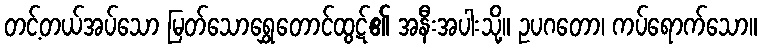
တင့်တယ်အပ်သော မြတ်သောရွှေတောင်ထွဋ်၏ အနီးအပါးသို့။ ဥပဂတော၊ ကပ်ရောက်သော။